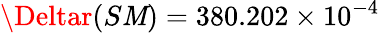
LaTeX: \Deltar(S\mathit{M})=380.202\times10^{-4}